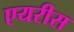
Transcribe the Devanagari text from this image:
एयरीस